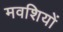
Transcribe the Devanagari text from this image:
मवशियों